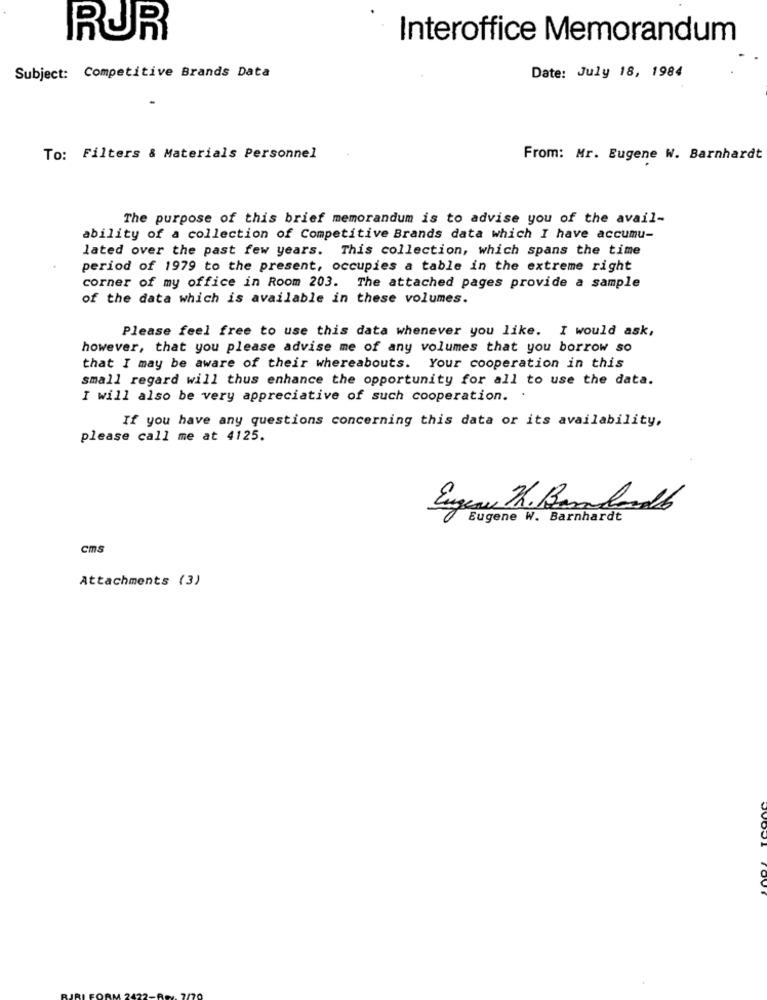
RUR
Interoffice Memorandum
Date: July 18, 1984
Subject: Competitive Brands Data
To: Filters & Materials Personnel
From: Mr. Eugene W. Barnhardt
The purpose of this brief memorandum is to advise you of the avail-
ability of a collection of Competitive Brands data which I have accumu-
lated over the past few years. This collection, which spans the time
period of 1979 to the present, occupies a table in the extreme right
corner of my office in Room 203. The attached pages provide a sample
of the data which is available in these volumes.
Please feel free to use this data whenever you like. I would ask,
however, that you please advise me of any volumes that you borrow so
that I may be aware of their whereabouts. Your cooperation in this
small regard will thus enhance the opportunity for all to use the data.
I will also be very appreciative of such cooperation.
.
If you have any questions concerning this data or its availability,
please call me at 4125.
Engess the Barbardb
Eugene W. Barnhardt
cms
Attachments (3)